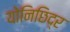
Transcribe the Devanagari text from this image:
योनिछिद्र